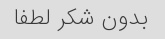
بدون شکر لطفا